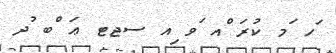
ަހ ަމ ކުރަ ްއ ަވ ިއ ސޖޓ ޢަ ްބ ުދ